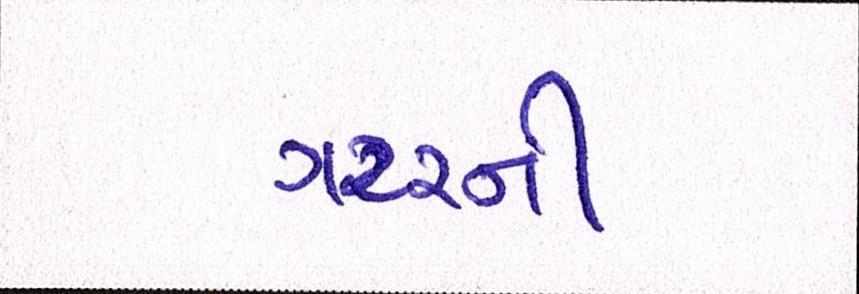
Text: ગટરની